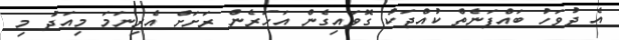
އެ ދުވަހު ބައްޕަނެތް ކުއްޖަކު ގޮވައިގެން އަހަރެން ރަށަށް އެރިނަމަ މިއަދު މި